Report of the Indian Hemp Drugs Commission, 1894-1895 - Volume VII
Year: 1894
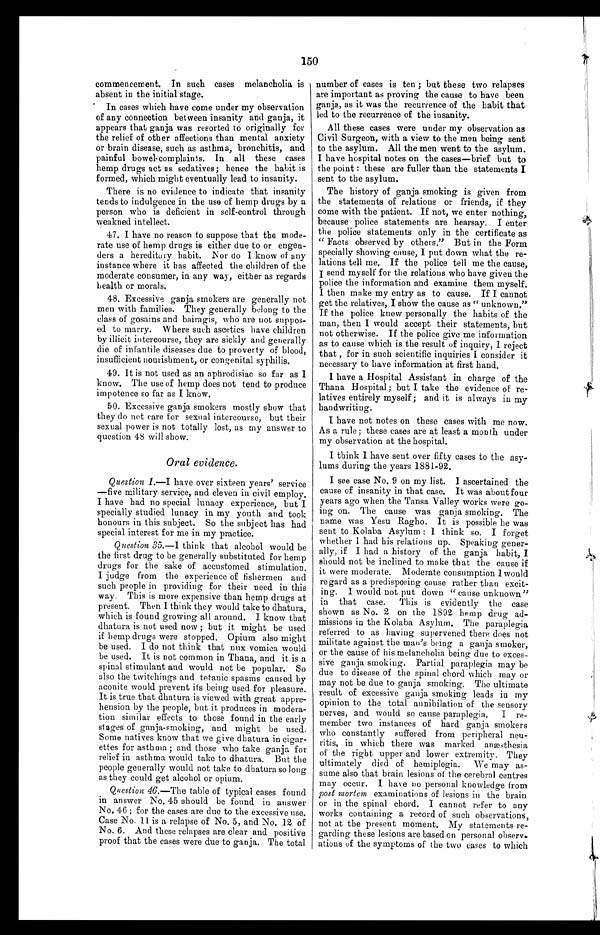
150
commencement. In such cases melancholia is
absent in the initial stage.
In cases which have come under my observation
of any connection between insanity and ganja, it
appears that ganja was resorted to originally for
the relief of other affections than mental anxiety
or brain disease, such as asthma, bronchitis, and
painful bowel-complaints. In all these eases
hemp drugs act as sedatives; hence the habit is
formed, which might eventually lead to insanity.
There is no evidence to indicate that insanity
tends to indulgence in the use of hemp drugs by a
person who is deficient in self-control through
weakned intellect.
47. I have no reason to suppose that the mode-
rate use of hemp drugs is either due to or engen-
ders a hereditary habit. Nor do I know of any
instance where it has affected the children of the
moderate consumer, in any way, either as regards
health or morals.
48. Excessive ganja smokers are generally not
men with families. They generally belong to the
class of gosains and bairagis, who are not suppos-
ed to marry. W here such ascetics have children
by illicit intercourse, they are sickly and generally
die of infantile diseases due to proverty of blood,
insufficient nourishment, or congenital syphilis.
49. It is not used as an aphrodisiac so far as I
know. The use of hemp does not tend to produce
impotence so far as I know.
50. Excessive ganja smokers mostly show that
they do net care for sexual intercourse, but their
sexual power is not totally lost, as my answer to
question 48 will show.
Oral evidence.
Question
1 . — I h a v e o v e r s i x t e e n y e a r s ' s e r v i c e
—five military service, and eleven in civil employ.
I have had no special lunacy experience, but I
specially studied lunacy in my youth and took
honours in this subject. So the subject has had
special interest for me in my practice.
Question 35 .—I think that alcohol would be
the first drug to be generally substituted for hemp
drugs for the sake of accustomed stimulation.
I judge from the experience of fishermen and
such people in providing for their need in this
way. This is more expensive than hemp drugs at
present. Then I think they would take to dhatura,
which is found growing all around. I know that
dhatura is not used now ; but it might be used
if hemp drugs were stopped. Opium also might
be used. I do not think that nux vomica would
be used. It is not common in Thana, and it is a
spinal stimulant and would not be popular. So
also the twitching and tetanic spasms caused by
aconite would prevent its being used for pleasure.
It is true that dhatura is viewed with great appre-
hension by the people, but it produces in modera-
tion similar effects to those found in the early
stages of ganja-smoking, and might be used.
Some natives know that we give dhatura in cigar-
ettes for asthma ; and those who take ganja, for
relief in asthma would take to dhatura. But the
people generally would not take to dhatura so long
as they could get alcohol or opium.
Question 46.—The table of typical cases found
in answer No. 45 should be found in answer
No. 46 ; for the cases are due to the excessive use.
Case No. 11 is a relapse of No. 5, and No. 12 of
No. 6. And these relapses are clear and positive
proof that the cases were due to ganja. The total
number of cases is ten ; but these two relapses
are important as proving the cause to have been
ganja., as it was the recurrence of the habit that
led to the recurrence of the insanity.
All these cases were under my observation as
Civil Surgeon, with a view to the men being sent
to the asylum. All the men went to the asylum.
I have hospital notes on the cases—brief but to
the point : these are fuller than the statements I
sent to the asylum.
The history of ganja smoking is given from
the statements of relations or friends, if they
come with the patient. If not, we enter nothing,
because police statements are hearsay. I enter
the police statements only in the certificate as
" Facts observed by others." But in the Form
specially showing cause, I put down what the re-
lations tell me. If the police tell me the cause,
I send myself for the relations who have given the
police the information and examine them myself.
I then make my entry as to cause. If I cannot
get the relatives, I show the cause as " unknown."
If the police knew personally the habits of the
man, then I would accept their statements, but
not otherwise. If the police give me information
as to cause which is the result of inquiry, I reject
that , for in such scientific inquiries I consider it
necessary to have information at first hand.
I have a Hospital Assistant in charge of the
Thana Hospital; but I take the evidence of re-
latives entirely myself; and it is always in my
handwriting.
I have not notes on these cases with me now.
As a rule; these cases are at least a month under
my observation at the hospital.
I think I have sent over fifty cases to the asy-
lums during the years 1881-92.
I see case No. 9 on my list. I ascertained the
cause of insanity in that case. It was about four
years ago when the Tansa Valley works were go-
ing on. The cause was ganja smoking. The
name was Yesu Ragho. It is possible he was
sent to Kolaba Asylum : I think so. I forget
whether I had his relations up. Speaking gener-
ally, if I had a history of the ganja habit, I
should not be inclined to make that the cause if
it were moderate. Moderate consumption I would
regard as a predisposing cause rather than excit-
ing. I would not put down " cause unknown"
in that case. This is evidently the case
shown as No. 2 on the 1892 hemp drug ad-
missions in the Kolaba Asylum. The paraplegia
referred to as having supervened there does not
militate against the man's being a ganja smoker,
or the cause of his melancholia being due to exces-
sive ganja smoking. Partial paraplegia may be
due to disease of the spinal chord which may or
may not be due to ganja smoking. The ultimate
result of excessive ganja smoking leads in my
opinion to the total annihilation of the sensory
nerves, and would so cause paraplegia. I re-
member two instances of hard ganja smokers
who constantly suffered from peripheral neu-
ritis, in which there was marked anæsthesia
of the right upper and lower extremity. They
ultimately died of hemiplegia. We may as-
sume also that brain lesions of the cerebral centres
may occur. I have no personal knowledge from
post mortal examinations of lesions in the brain
or in the spinal chord. I cannot refer to any
works containing a record of such observations,
not at the present moment. My statements re-
garding these lesions are based on personal observ-
ations of the symptoms of the two cases to which